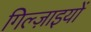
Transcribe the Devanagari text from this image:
गिल्ज़ाइयों